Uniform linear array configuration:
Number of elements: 64
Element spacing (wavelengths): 0.25
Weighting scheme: exponential
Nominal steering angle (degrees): -45
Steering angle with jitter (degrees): -45.392
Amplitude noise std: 0.05
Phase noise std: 0.05

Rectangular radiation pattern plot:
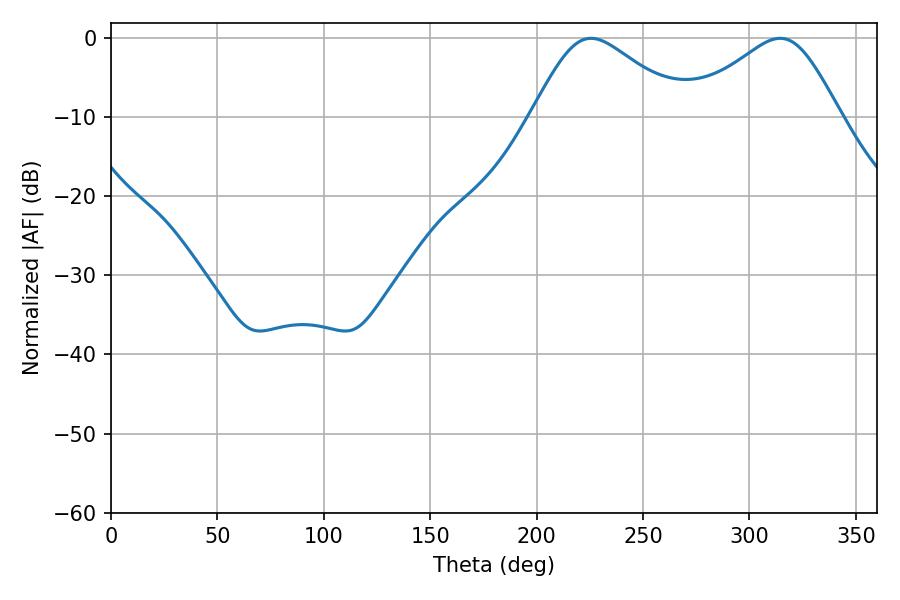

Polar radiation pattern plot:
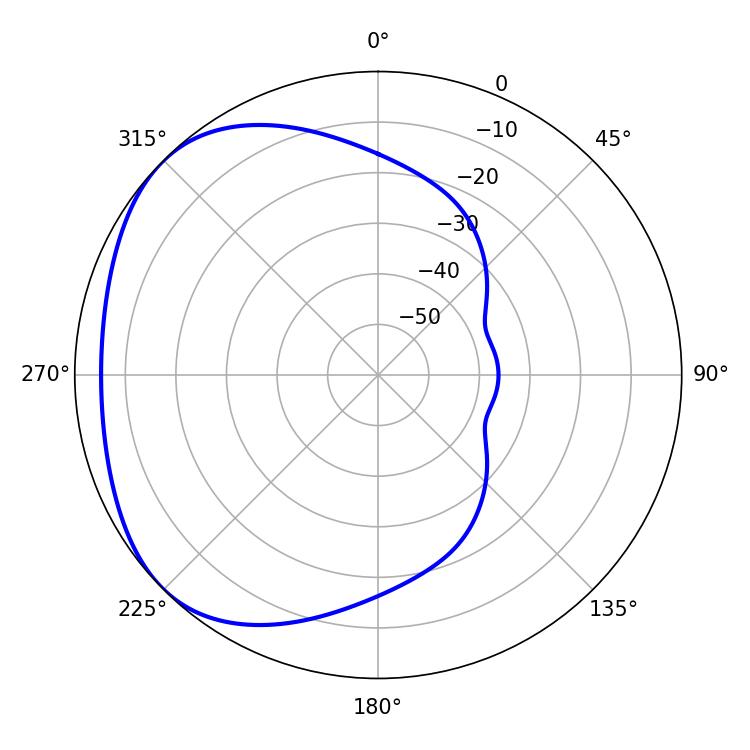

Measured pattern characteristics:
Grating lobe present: FALSE
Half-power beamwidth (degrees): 35.82
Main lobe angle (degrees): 225.54